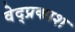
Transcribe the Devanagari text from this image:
वेद्प्रकाश